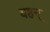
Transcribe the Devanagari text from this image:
यहन्